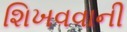
શિખવવાની